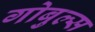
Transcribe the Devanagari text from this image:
गोबुल्स